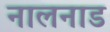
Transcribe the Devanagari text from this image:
नालनाड